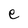
Character: e